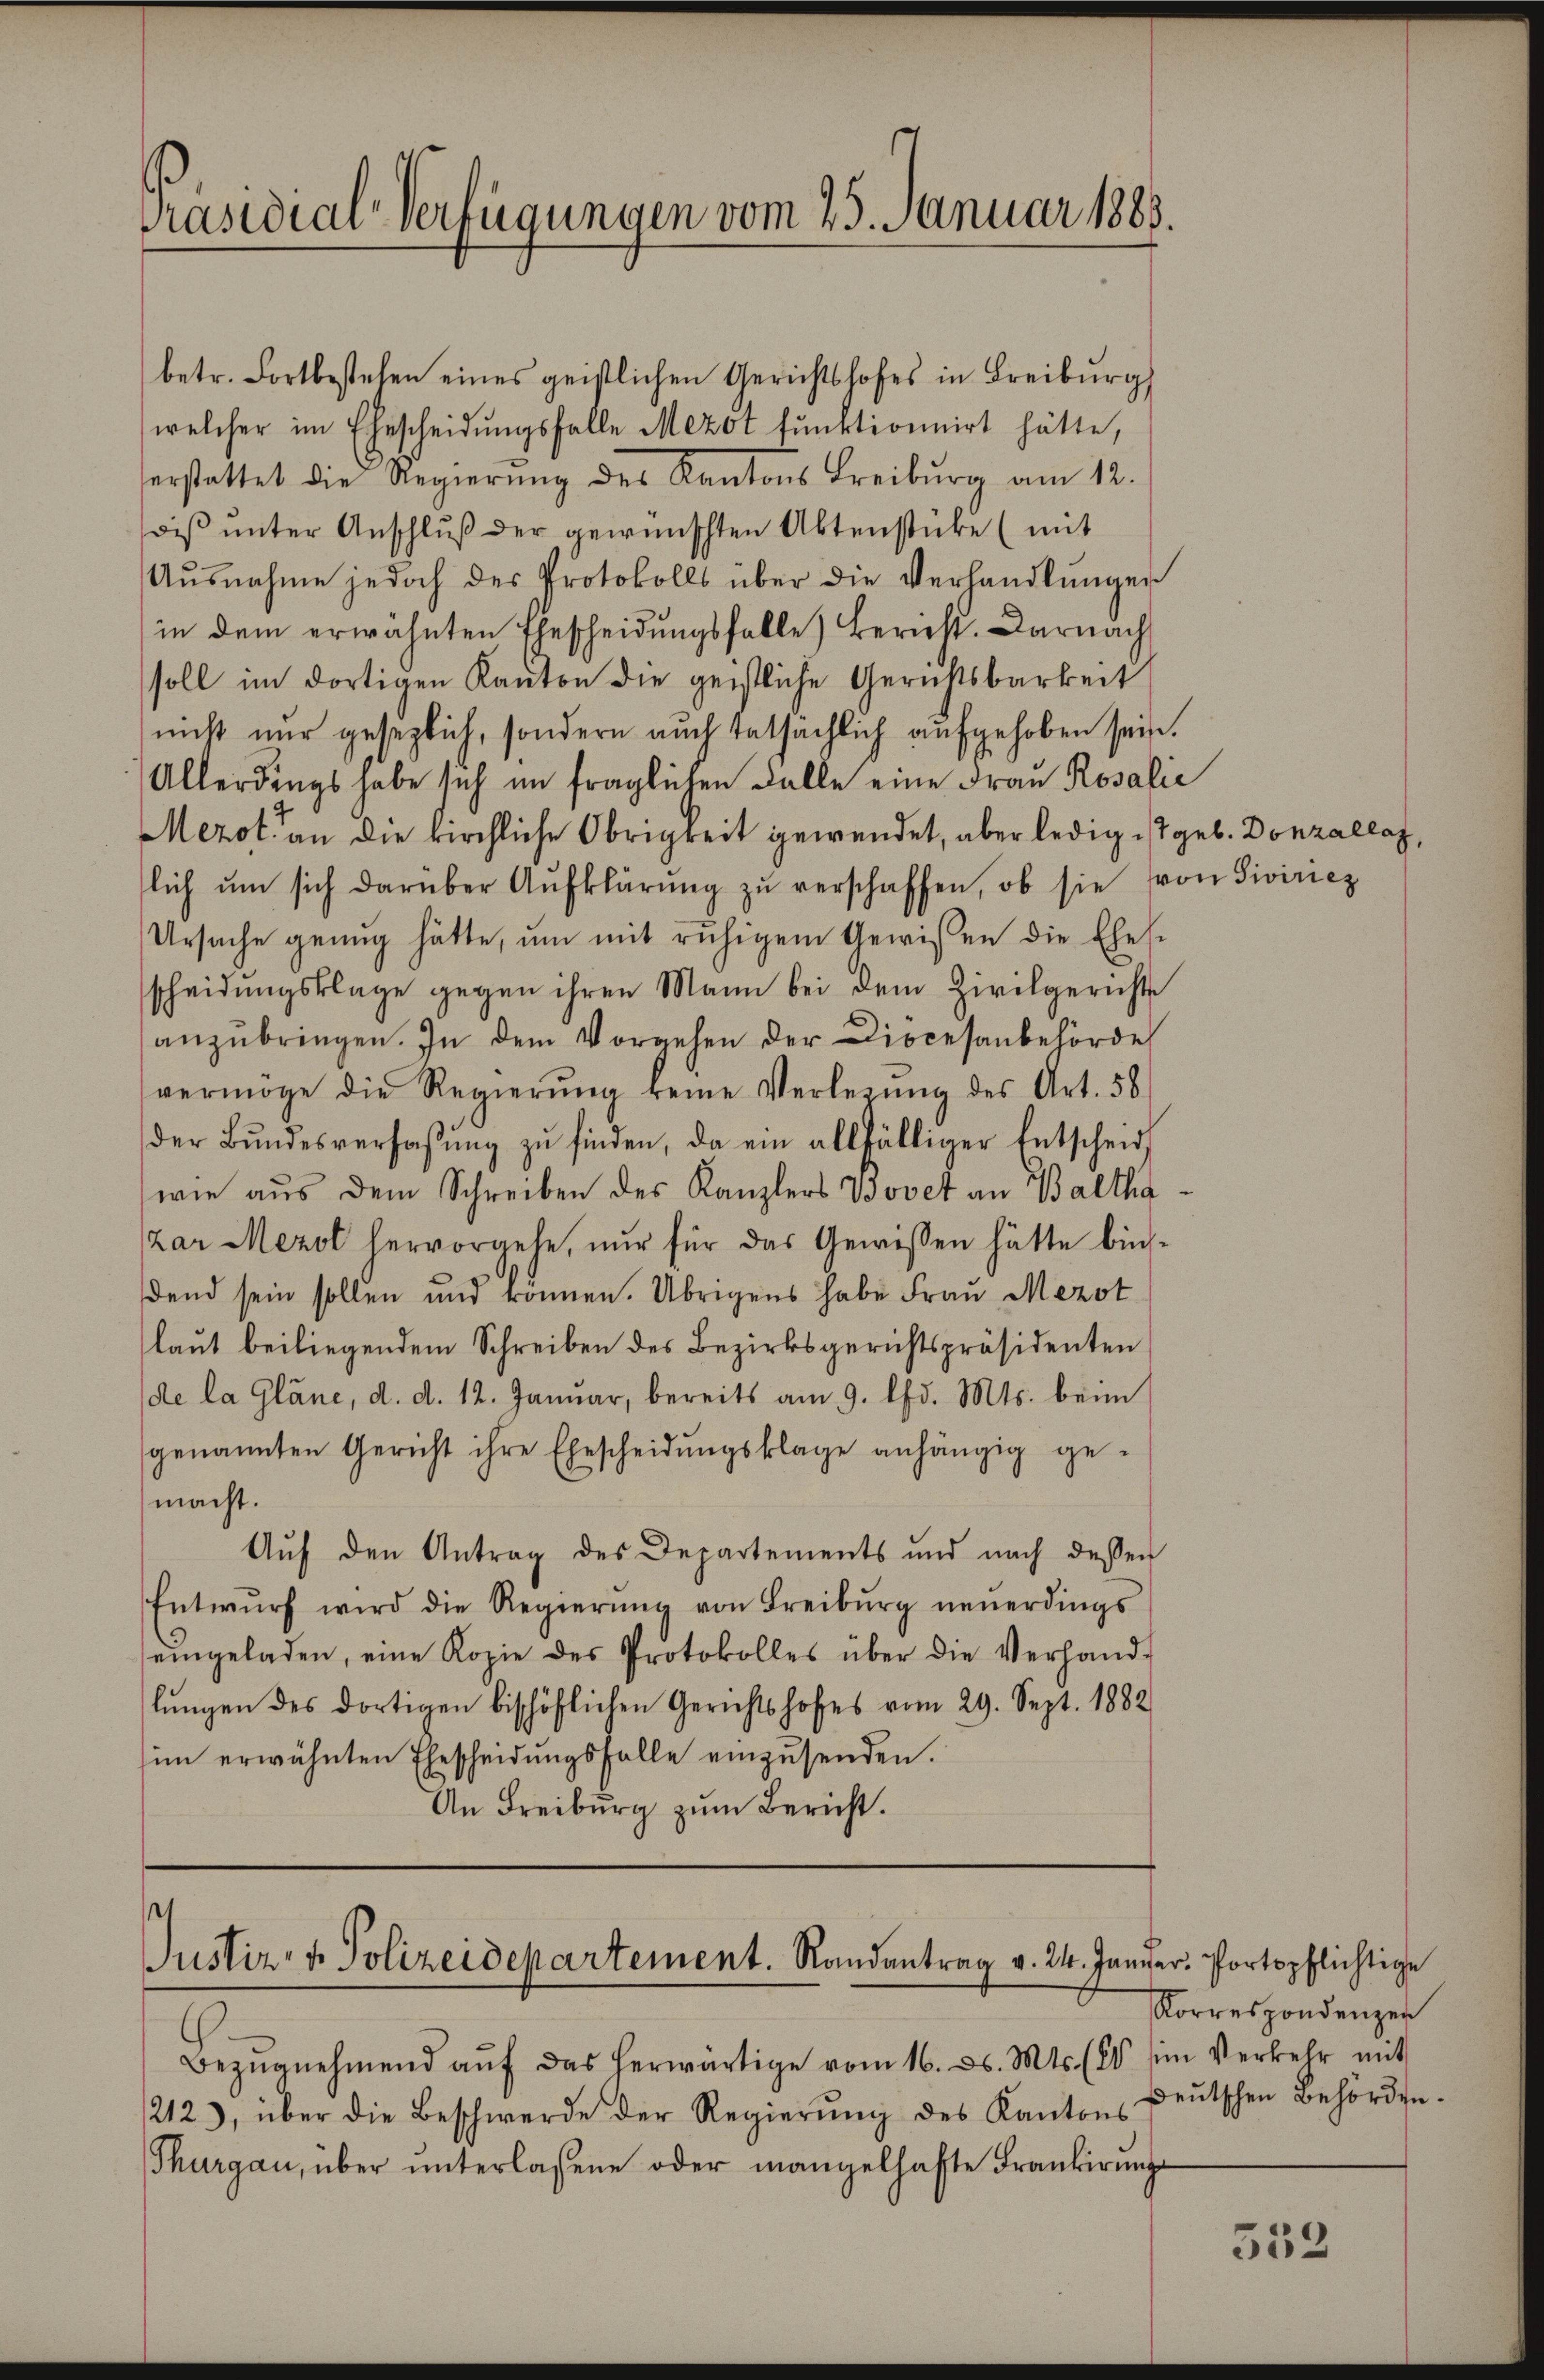
Präsidial-Verfügungen vom 25. Januar 1883.

betr. Fortbestehen eines geistlichen Gerichtshofes in Freiburg
welcher im Ehescheidungsfalle Mezot funktionnirt hätte,
erstattet die Regierŭng des Kantons Freiburg am 12.
wiß unter Anschluß der gewünschten Aktenstücke (mit
Aŭsnahme jedoch des Protokolls über die Verhandlŭngen
in dem erwähnten Ehescheidungsfalle) Bericht. Darnach
soll im dortigen Kanton die geistliche Gerichtsbarkeit
nicht nur gesezlich, sondern auch tatsächlich aufgehoben sein.
Allerdings habe sich im fraglichen Falle eine Frau Rosalie
Merot an die kirchliche Obrigkeit gewendet, aber ledig ist geb. Donzallag,
lich ŭm sich darüber Aufklärŭng zŭ verschaffen, ob sie von Siviricz
Ursache genug hätte, um mit ruhigem Gewissen die Ehes-
scheidŭngsklage gegen ihren Mann bei dem Zivilgerichts
anzŭbringen. In dem Vorgehen der Diocesanbehörde
vermöge die Regierŭng keine Verlesung des Art. 58
der Bŭndesverfassŭng zŭ finden, da ein allfälliger Entscheid
wie aus dem Schreiben des Kanzlers Bovet an Baltha
zar Mezol hervorgehe, nur für das Gewissen hätte bins-
dend sein sollen und ronnen. Übrigens habe Frau Mezot
laut beiliegendem Schreiben des Bezirksgerichtspräsidenten
(de la Gläne, d. d. 12. Januar, bereits am 9. lfd. Mts. beim
genannten Gericht ihre Ehescheidŭngsklage anhängig gemacht.
Auf den Antrag des Departements und nach dessen
Entwŭrf wird die Regierŭng von Freibŭrg neuerdings
eingeladen, eine Kopie des Protokolles über die Verhand-
lŭngen des dortigen bischöflichen Gerichtshofes vom 29. Sept. 1882
im erwähnten Ehescheidŭngsfalle einzŭsenden.
An Freiburg zŭm Bericht.

t
Justiz- & Polizeidepartement. Randantrag v. 24. Januar. Portopflichtige

Bezŭgnehmend aŭf das herwärtige vom 16. ds. Mts. (C. im Verkehr mit
212), über die Beschwerde der Regierŭng des Kantons
Thurgau, über ŭnterlassene oder mangelhafte Frankirŭngs

Korrespondenzen
deutschen Behörden.

332